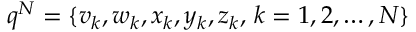
q ^ { N } = \{ v _ { k } , w _ { k } , x _ { k } , y _ { k } , z _ { k } , \, k = 1 , 2 , \dots , N \}